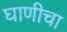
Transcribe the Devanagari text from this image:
घाणीचा